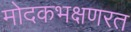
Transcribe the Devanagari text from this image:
मोदकभक्षणरत